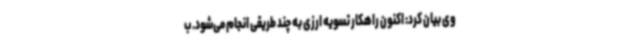
وی بیان کرد: اکنون راهکار تسویه ارزی به چند طریقی انجام می‌شود. ب